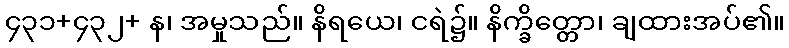
၄၃၁+၄၃၂+ န၊ အမှုသည်။ နိရယေ၊ ငရဲ၌။ နိက္ခိတ္တော၊ ချထားအပ်၏။